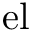
\mathrm { e l }